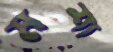
মশা